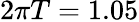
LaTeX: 2\pi T=1.05